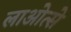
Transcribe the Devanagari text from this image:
लाओत्से